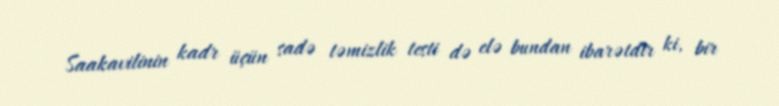
Saakavilinin kadr üçün sadə təmizlik testi də elə bundan ibarətdir ki, bir